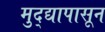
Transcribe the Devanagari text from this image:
मुद्द्यापासून